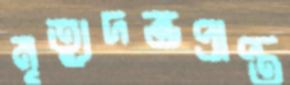
মৃত্যুদন্ডপ্রাপ্ত